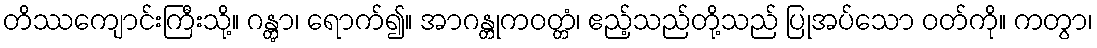
တိဿကျောင်းကြီးသို့။ ဂန္တွာ၊ ရောက်၍။ အာဂန္တုကဝတ္တံ၊ ဧည့်သည်တို့သည် ပြုအပ်သော ဝတ်ကို။ ကတွာ၊